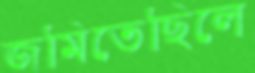
জমিতেছিলে